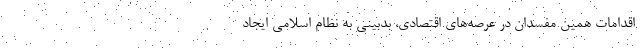
اقدامات همین مفسدان در عرصه‌های اقتصادی، بدبینی به نظام اسلامی ایجاد